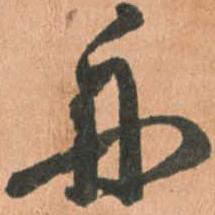
舟